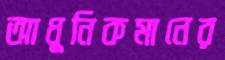
আধুনিকমানের